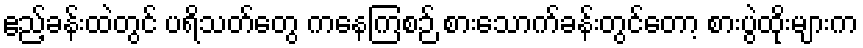
ဧည့်ခန်းထဲတွင် ပရိသတ်တွေ ကနေကြစဉ် စားသောက်ခန်းတွင်တော့ စားပွဲထိုးများက